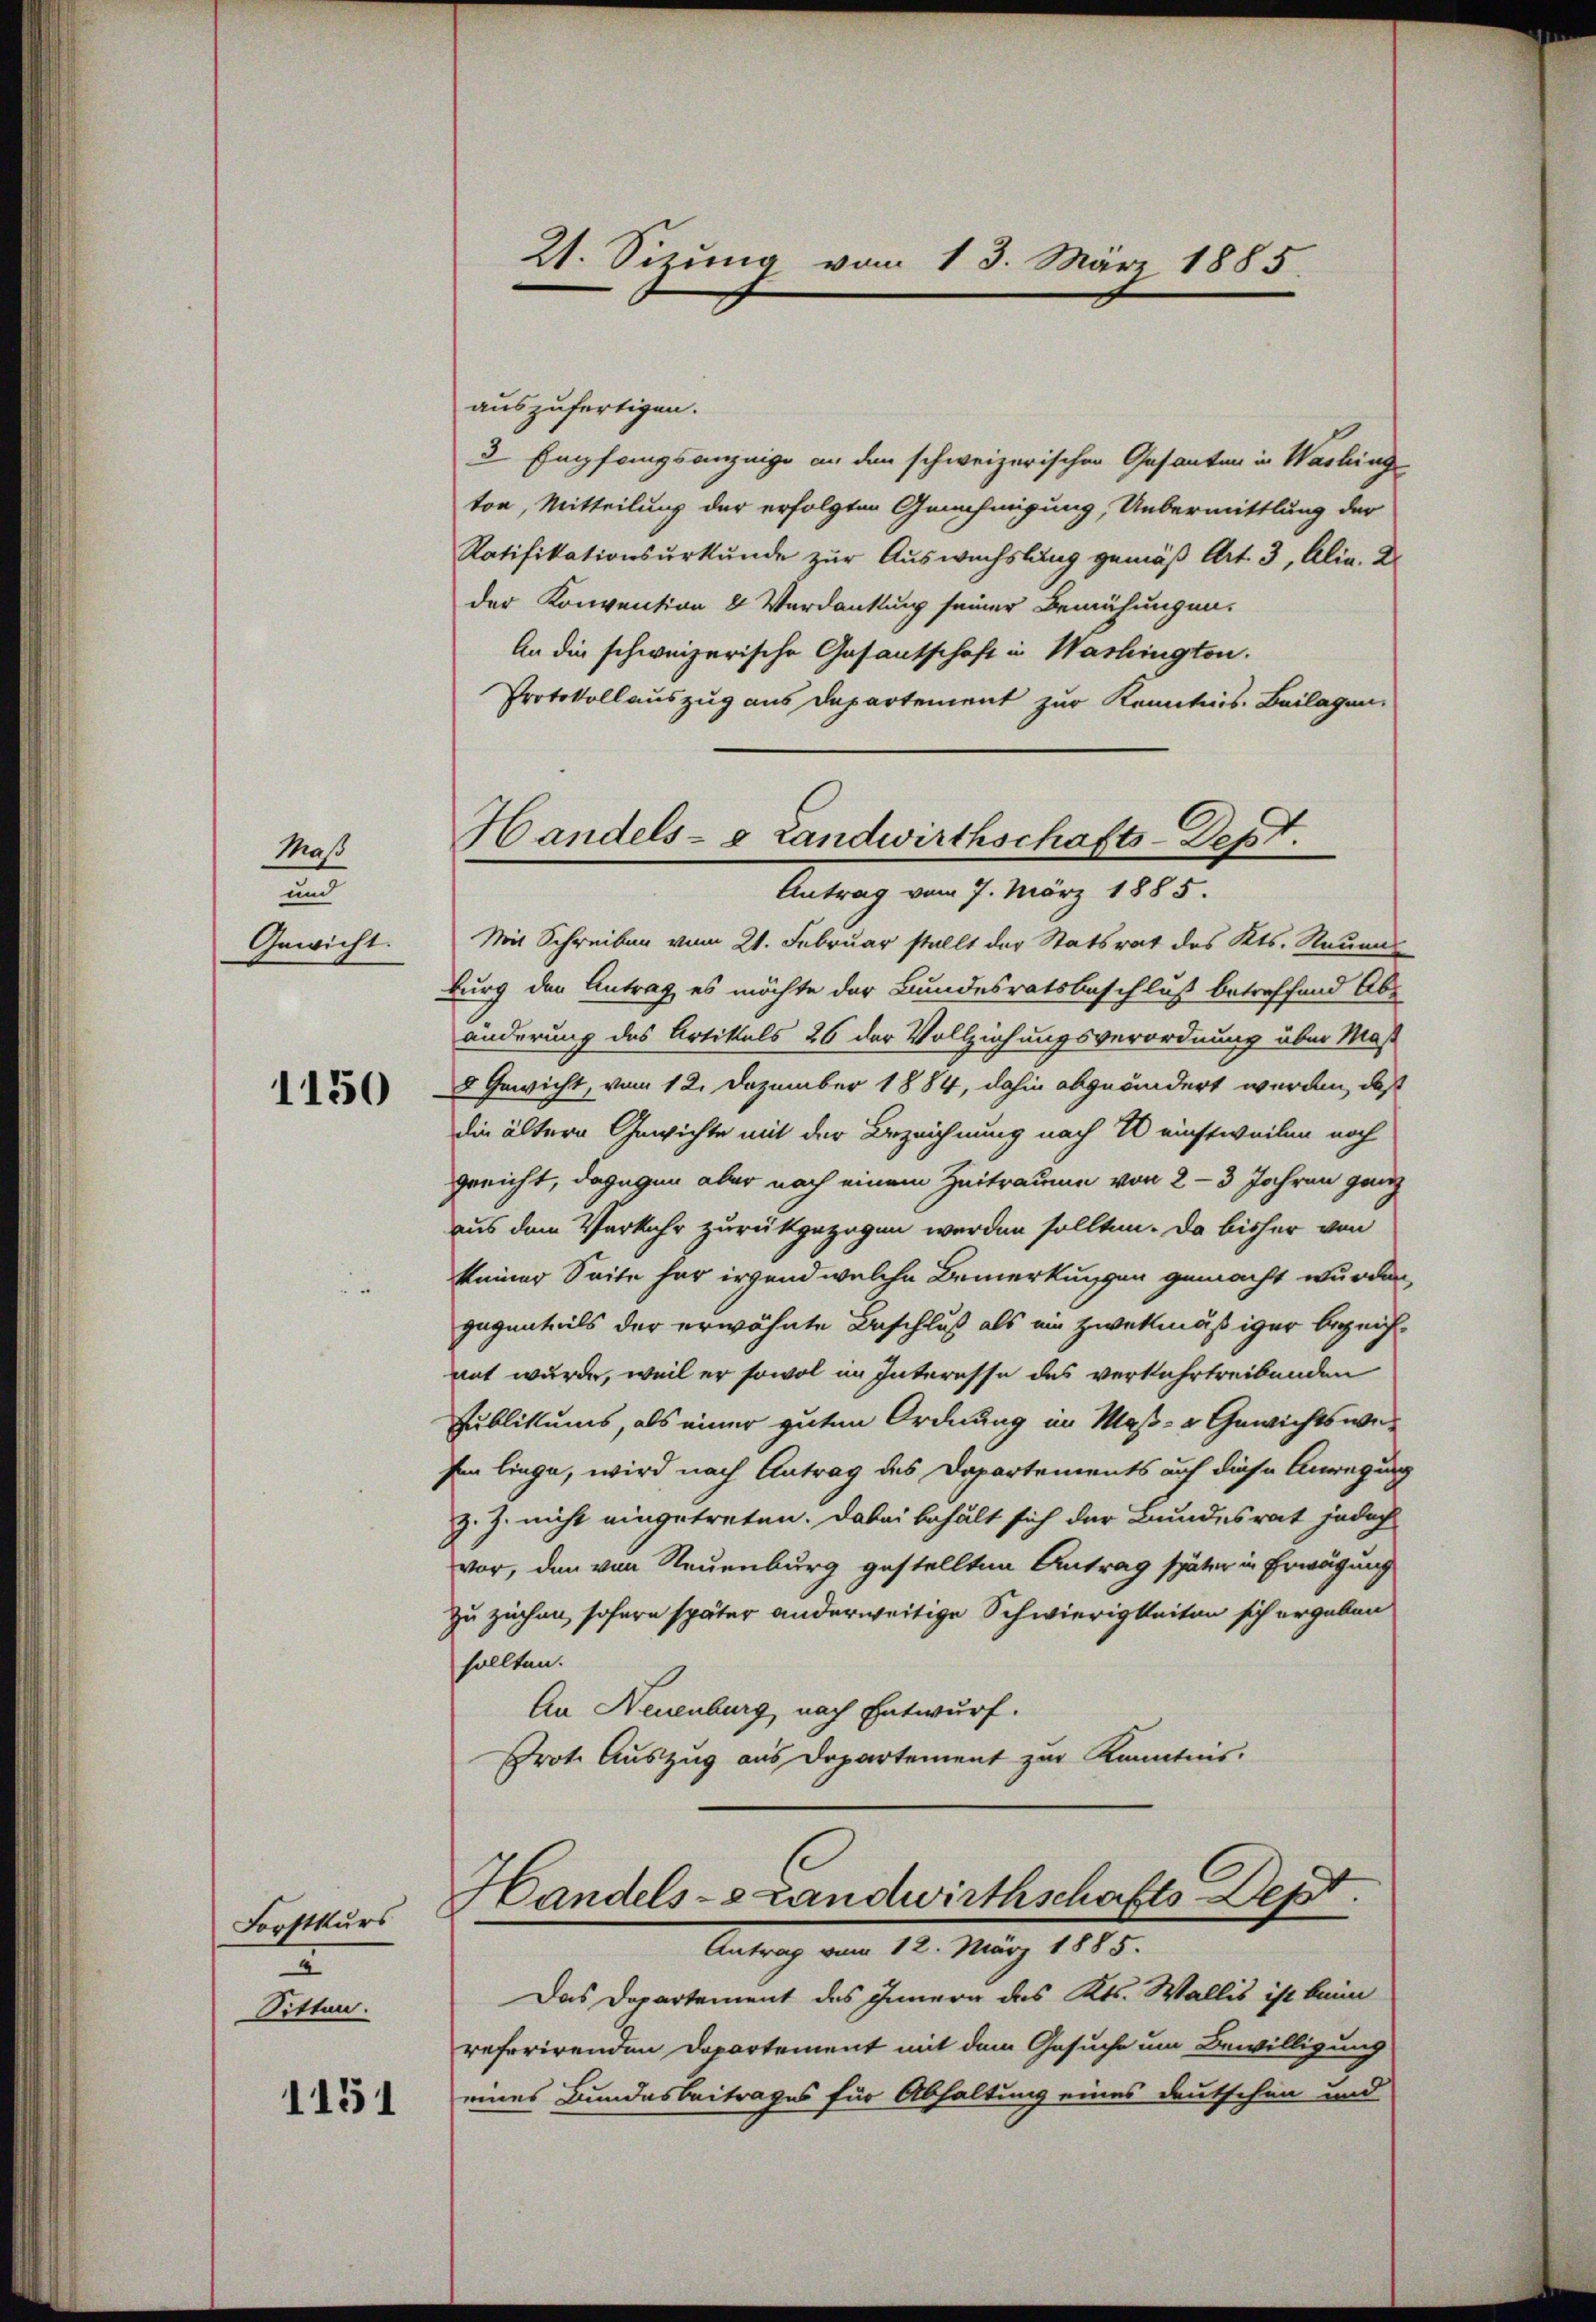
Maß
und
Gewicht.

1150

Forstkurs
2
Sitten.

1151

21. Sizung vom 13. März 1885.

auszufertigen.
3 Empfangsanzeige an den schweizerischen Gesanten in Washing
ton, Mitteilung der erfolgten Genehmigung, Uebermittlung der
Ratifikationsurkunde zur Auswachslung gemäß Art. 3, Alia. D.
der Konvention & Verdankung seiner Bemühungen.
An die schweizerische Gasantschaft in Washington.
Protokollauszug aus Departement zur Kenntnis. Beilagen.

Handels- & Landwirthschafts-Dept.
Antrag vom 7. März 1885.

Mit Schreiben vom 21. Februar stellt der Statsrat des Kts. Neuen
burg den Antrag es möchte der Bundesratsbeschluß betreffend Ab-
änderung des Artikels 26 der Vollziehungsverordnung über Maß
8 Gewicht, vom 12. Dezember 1884, dahin abgeändert werden, daß
die ältern Gewichte mit der Bezeichnung nach I einstweilen noch
gericht, dagegen aber nach einem Zeitraume von 2-3 Jahren ganz
aus dem Verkehr zurückgezogen werden sollten. Da bisher von
keiner Seite her irgend welche Bemerkungen gemacht wurden,
gegenteils der erwähnte Beschluß als ein zwekmäßiger bezeichnnt wurde, weil er sowol im Interesse des verkehrtreibenden
Publikums, als einer guten Ordnung in Maß- u Gewichtswe¬
Ien liege, wird nach Antrag des Departements auf diese Anregung
z. Z. nicht eingetreten. Dabei behält sich der Bundesrat jedoch
vor, den von Neuenburg gestellten Antrag später in Erwägung
zu ziehen, sofern später anderweitige Schwierigkeiten sich ergaben
sollten.
An Neuenburg, nach Entwurf.
Prot. Auszug aus Departement zur Kenntnis.

Handels-Landwirthschafts Sept.
Antrag vom 12. März 1885.

Das Departement des Innern des Kts. Wallis ist kein
referirenden Departement mit dem Gesuche um Bewilligung
eines Bundesbeitrages für Abhaltung eines deutschen und